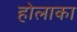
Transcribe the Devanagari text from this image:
होलाका